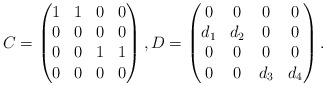
\begin{align*} C = \begin{pmatrix} 1 & 1 & 0 & 0 \\ 0 & 0 & 0 & 0 \\ 0 & 0 & 1 & 1 \\ 0 & 0 & 0 & 0 \end{pmatrix}, D = \begin{pmatrix} 0 & 0 & 0 & 0 \\ d_1 & d_2 & 0 & 0 \\ 0 & 0 & 0 & 0 \\ 0 & 0 & d_3 & d_4 \end{pmatrix}.\end{align*}